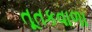
તૂતકવાળા